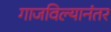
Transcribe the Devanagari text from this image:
गाजविल्यानंतर